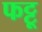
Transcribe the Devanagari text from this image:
फट्टू